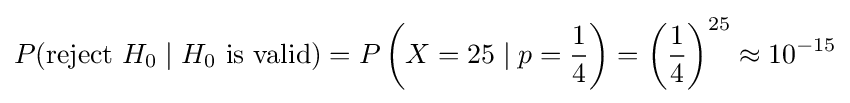
P({\text{reject }}H_{0}\mid H_{0}{\text{ is valid}})=P\left(X=25\mid p={\frac {1}{4}}\right)=\left({\frac {1}{4}}\right)^{25}\approx 10^{-15}